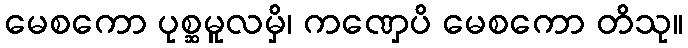
မေစကော ပုစ္ဆမူလမှိ၊ ကဏှေပိ မေစကော တိသု။